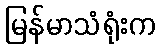
မြန်မာသံရုံးက